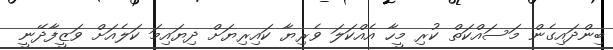
ބިންދައިގެން މަސައްކަތް ކުރި މީހާ އެއްކަލަ ވެރިޔާ ކައިރިޔަށް ދިޔައިމަ ކަލެއަށް ވަޒީފާދޭނީ